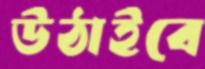
উঠাইবে